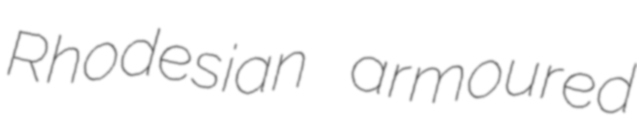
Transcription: Rhodesian armoured